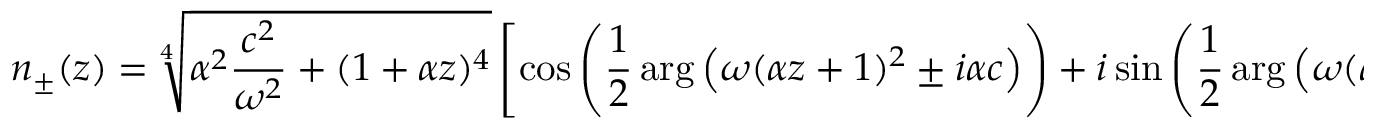
n _ { \pm } ( z ) = \sqrt [ 4 ] { \alpha ^ { 2 } \frac { c ^ { 2 } } { \omega ^ { 2 } } + ( 1 + \alpha z ) ^ { 4 } } \left[ \cos \left( \frac { 1 } { 2 } \arg \left( \omega ( \alpha z + 1 ) ^ { 2 } \pm i \alpha c \right) \right) + i \sin \left( \frac { 1 } { 2 } \arg \left( \omega ( \alpha z + 1 ) ^ { 2 } \pm i \alpha c \right) \right) \right] ,